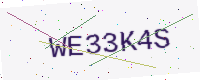
Text: WE33K4S